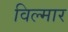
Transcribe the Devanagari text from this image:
विल्मार